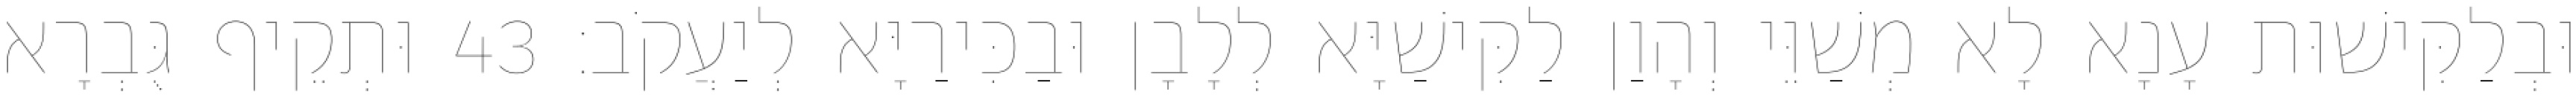
וּבְלַקִּישׁוּת עָנָא לָא מְשַׁוֵּי וְהָוַן לַקִּישַׁיָּא לְלָבָן וּבַכִּירַיָּא לְיַעֲקֹב׃ 43 וּתְקֵיף גֻּבְרָא